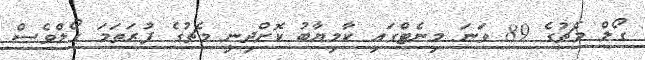
ގޯލް މެޗުގެ 89 ވަނަ މިނެޓްގައި ކާމިޔާބު ކޮށްދިނީ މެޗުގެ ފުރަތަމަ ގޯލްވެސް